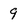
Character: 9